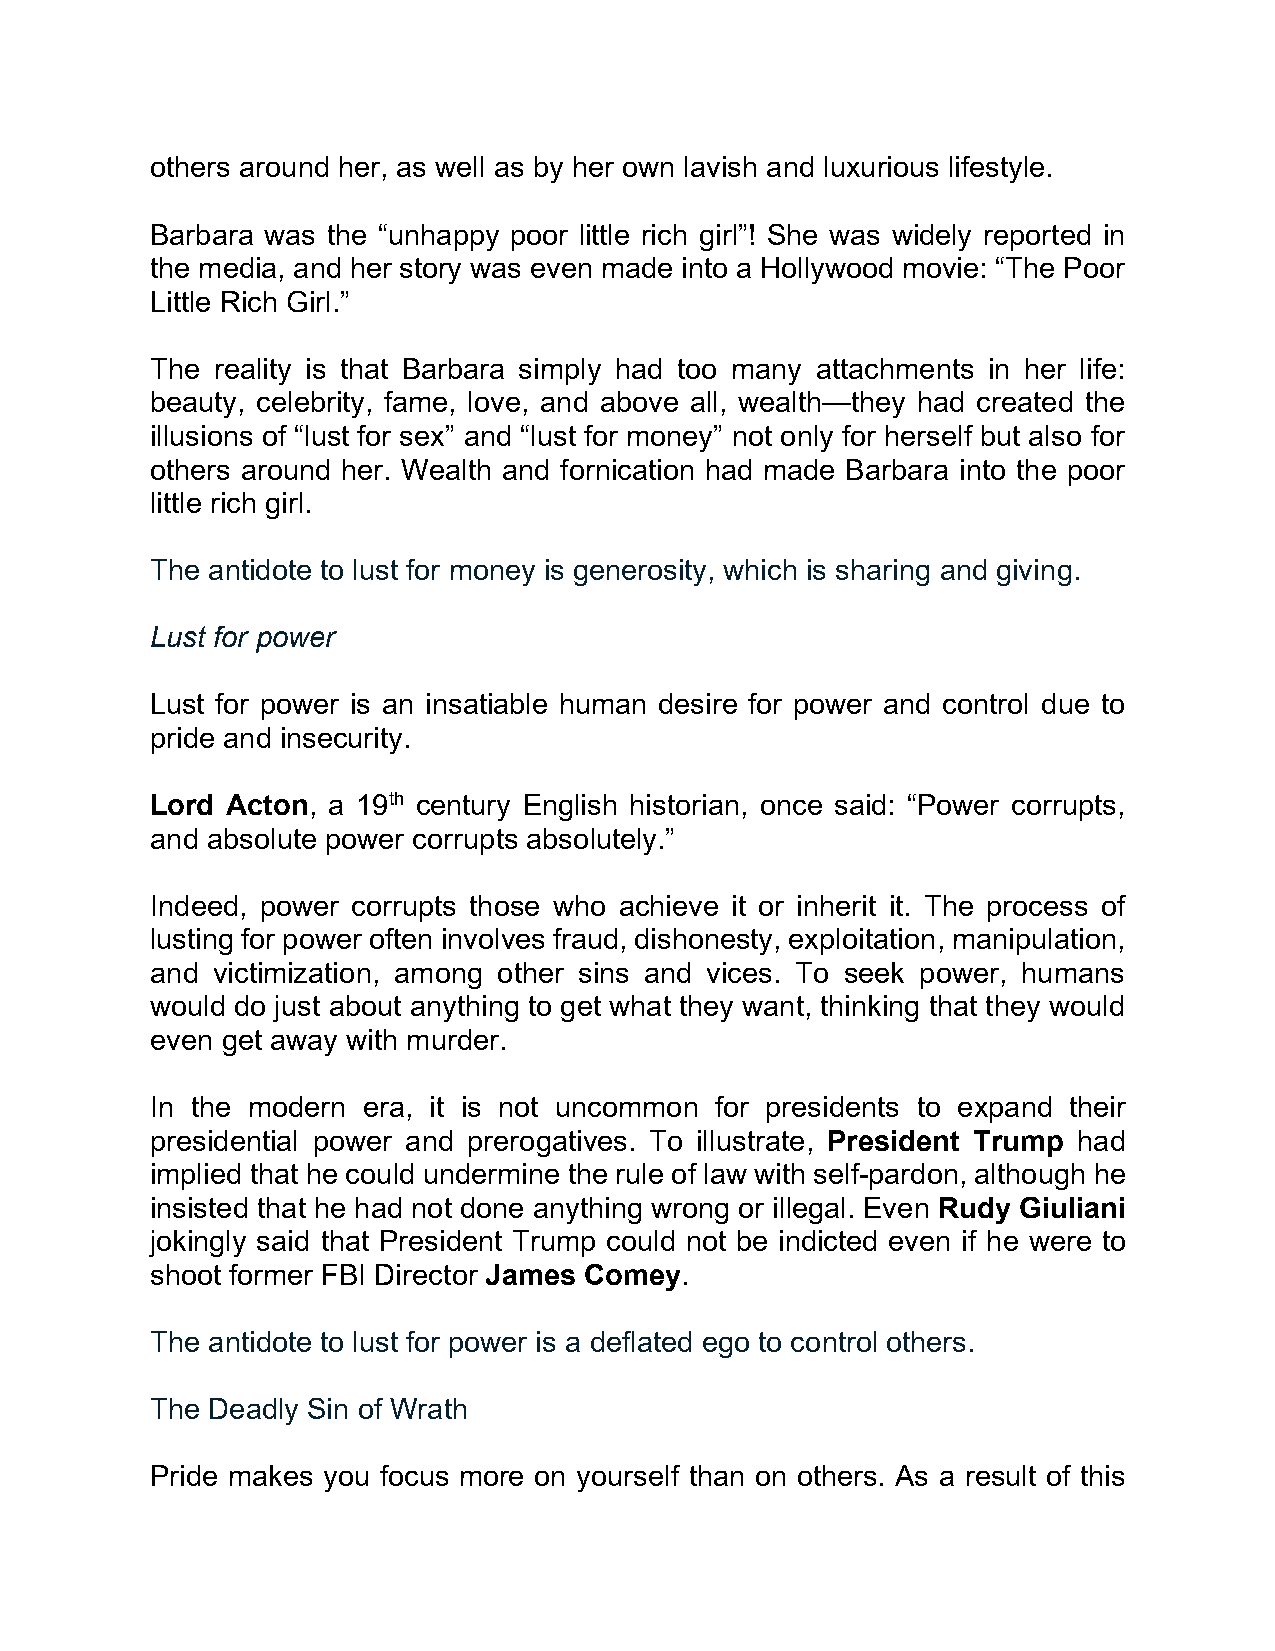
others around her, as well as by her own lavish and luxurious lifestyle.
 Barbara was the “unhappy poor little rich girl”! She was widely reported in
 the media, and her story was even made into a Hollywood movie: “The Poor
 Little Rich Girl.”
 The reality is that Barbara simply had too many attachments in her life:
 beauty, celebrity, fame, love, and above all, wealth—they had created the
 illusions of “lust for sex” and “lust for money” not only for herself but also for
 others around her. Wealth and fornication had made Barbara into the poor
 little rich girl.
 The antidote to lust for money is generosity, which is sharing and giving.
 Lust for power
 Lust for power is an insatiable human desire for power and control due to
 pride and insecurity.
 Lord Acton, a 19th century English historian, once said: “Power corrupts,
 and absolute power corrupts absolutely.”
 Indeed, power corrupts those who achieve it or inherit it. The process of
 lusting for power often involves fraud, dishonesty, exploitation, manipulation,
 and victimization, among other sins and vices. To seek power, humans
 would do just about anything to get what they want, thinking that they would
 even get away with murder.
 In the modern era, it is not uncommon for presidents to expand their
 presidential power and prerogatives. To illustrate, President Trump had
 implied that he could undermine the rule of law with self-pardon, although he
 insisted that he had not done anything wrong or illegal. Even Rudy Giuliani
 jokingly said that President Trump could not be indicted even if he were to
 shoot former FBI Director James Comey.
 The antidote to lust for power is a deflated ego to control others.
 The Deadly Sin of Wrath
 Pride makes you focus more on yourself than on others. As a result of this